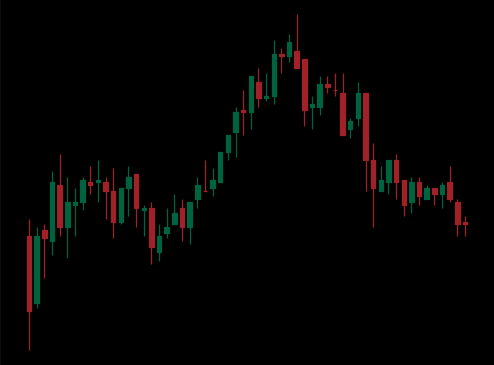
Pattern: head_shoulders